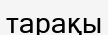
тарақы